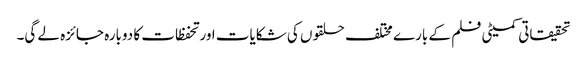
تحقیقاتی کمیٹی فلم کے بارے مختلف حلقوں کی شکایات اور تحفظات کا دوبارہ جائزہ لے گی۔